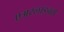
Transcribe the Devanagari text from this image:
एअरलाइनर्स